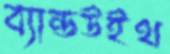
ব্যান্ডউইথ